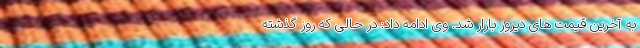
به آخرین قیمت های دیروز بازار شد. وی ادامه داد: در حالی که روز گذشته